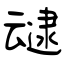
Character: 叇